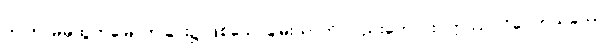
ဤကာမမှထွက်မြောက်ခြင်း၌ ဖြစ်သောချမ်းသာကို လည်းကောင်း။ ဣဿပဝိဝေကသုခဿ၊